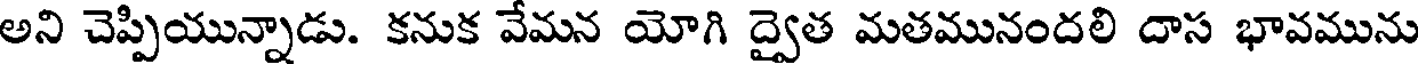
అని చెప్పియున్నాడు. కనుక వేమన యోగి ద్వైత మతమునందలి దాస భావమును